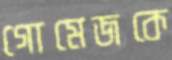
গোমেজকে